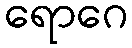
ရောဂေ